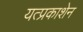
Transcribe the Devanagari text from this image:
यत्प्रकाशेन